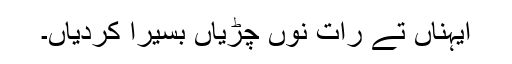
ایہناں تے رات نوں چڑیاں بسیرا کردیاں۔